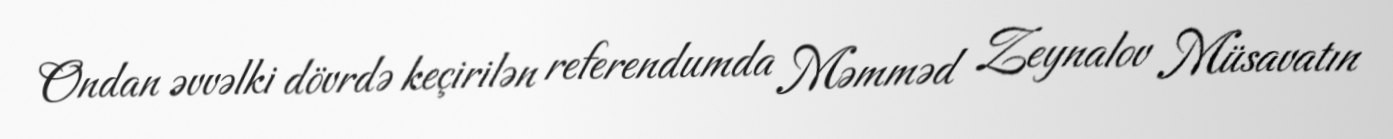
Ondan əvvəlki dövrdə keçirilən referendumda Məmməd Zeynalov Müsavatın